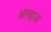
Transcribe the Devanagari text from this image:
आवा़ज